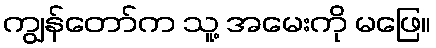
ကျွန်တော်က သူ့ အမေးကို မဖြေ။